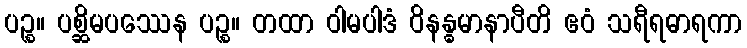
ပဉ္စ။ ပစ္ဆိမပဿေန ပဉ္စ။ တထာ ဝါမပါဒံ ဝိနန္ဓမာနာပီတိ ဧဝံ သရီရဓာရကာ